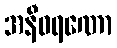
အနီဝရဏော